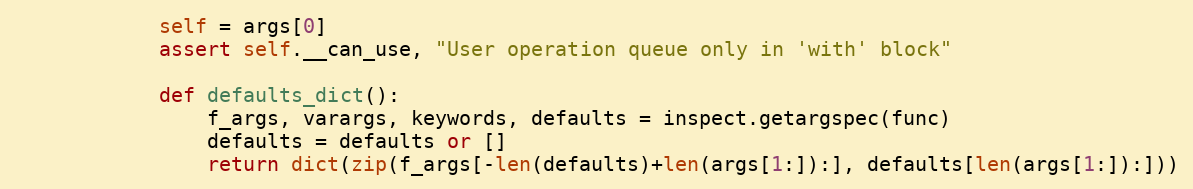
Language: Python
            self = args[0]
            assert self.__can_use, "User operation queue only in 'with' block"

            def defaults_dict():
                f_args, varargs, keywords, defaults = inspect.getargspec(func)
                defaults = defaults or []
                return dict(zip(f_args[-len(defaults)+len(args[1:]):], defaults[len(args[1:]):]))